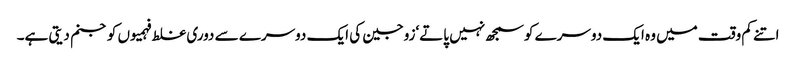
اتنے کم وقت میں وہ ایک دوسرے کوسمجھ نہیں پاتے‘زوجین کی ایک دوسرے سے دوری غلط فہمیوں کوجنم دیتی ہے۔